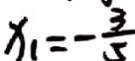
x _ { 1 } = - \frac { 3 } { 5 }